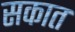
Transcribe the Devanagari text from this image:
सकात